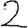
Digit: 2